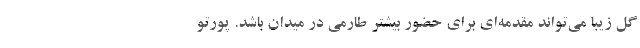
گل زیبا می‌تواند مقدمه‌ای برای حضور بیشتر طارمی در میدان باشد. پورتو